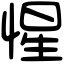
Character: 惺